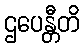
ဌပေန္တီတိ